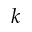
k